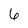
Character: 6